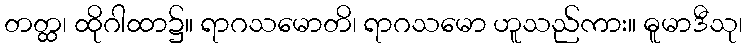
တတ္ထ၊ ထိုဂါထာ၌။ ရာဂသမောတိ၊ ရာဂသမော ဟူသည်ကား။ ဓူမာဒီသု၊